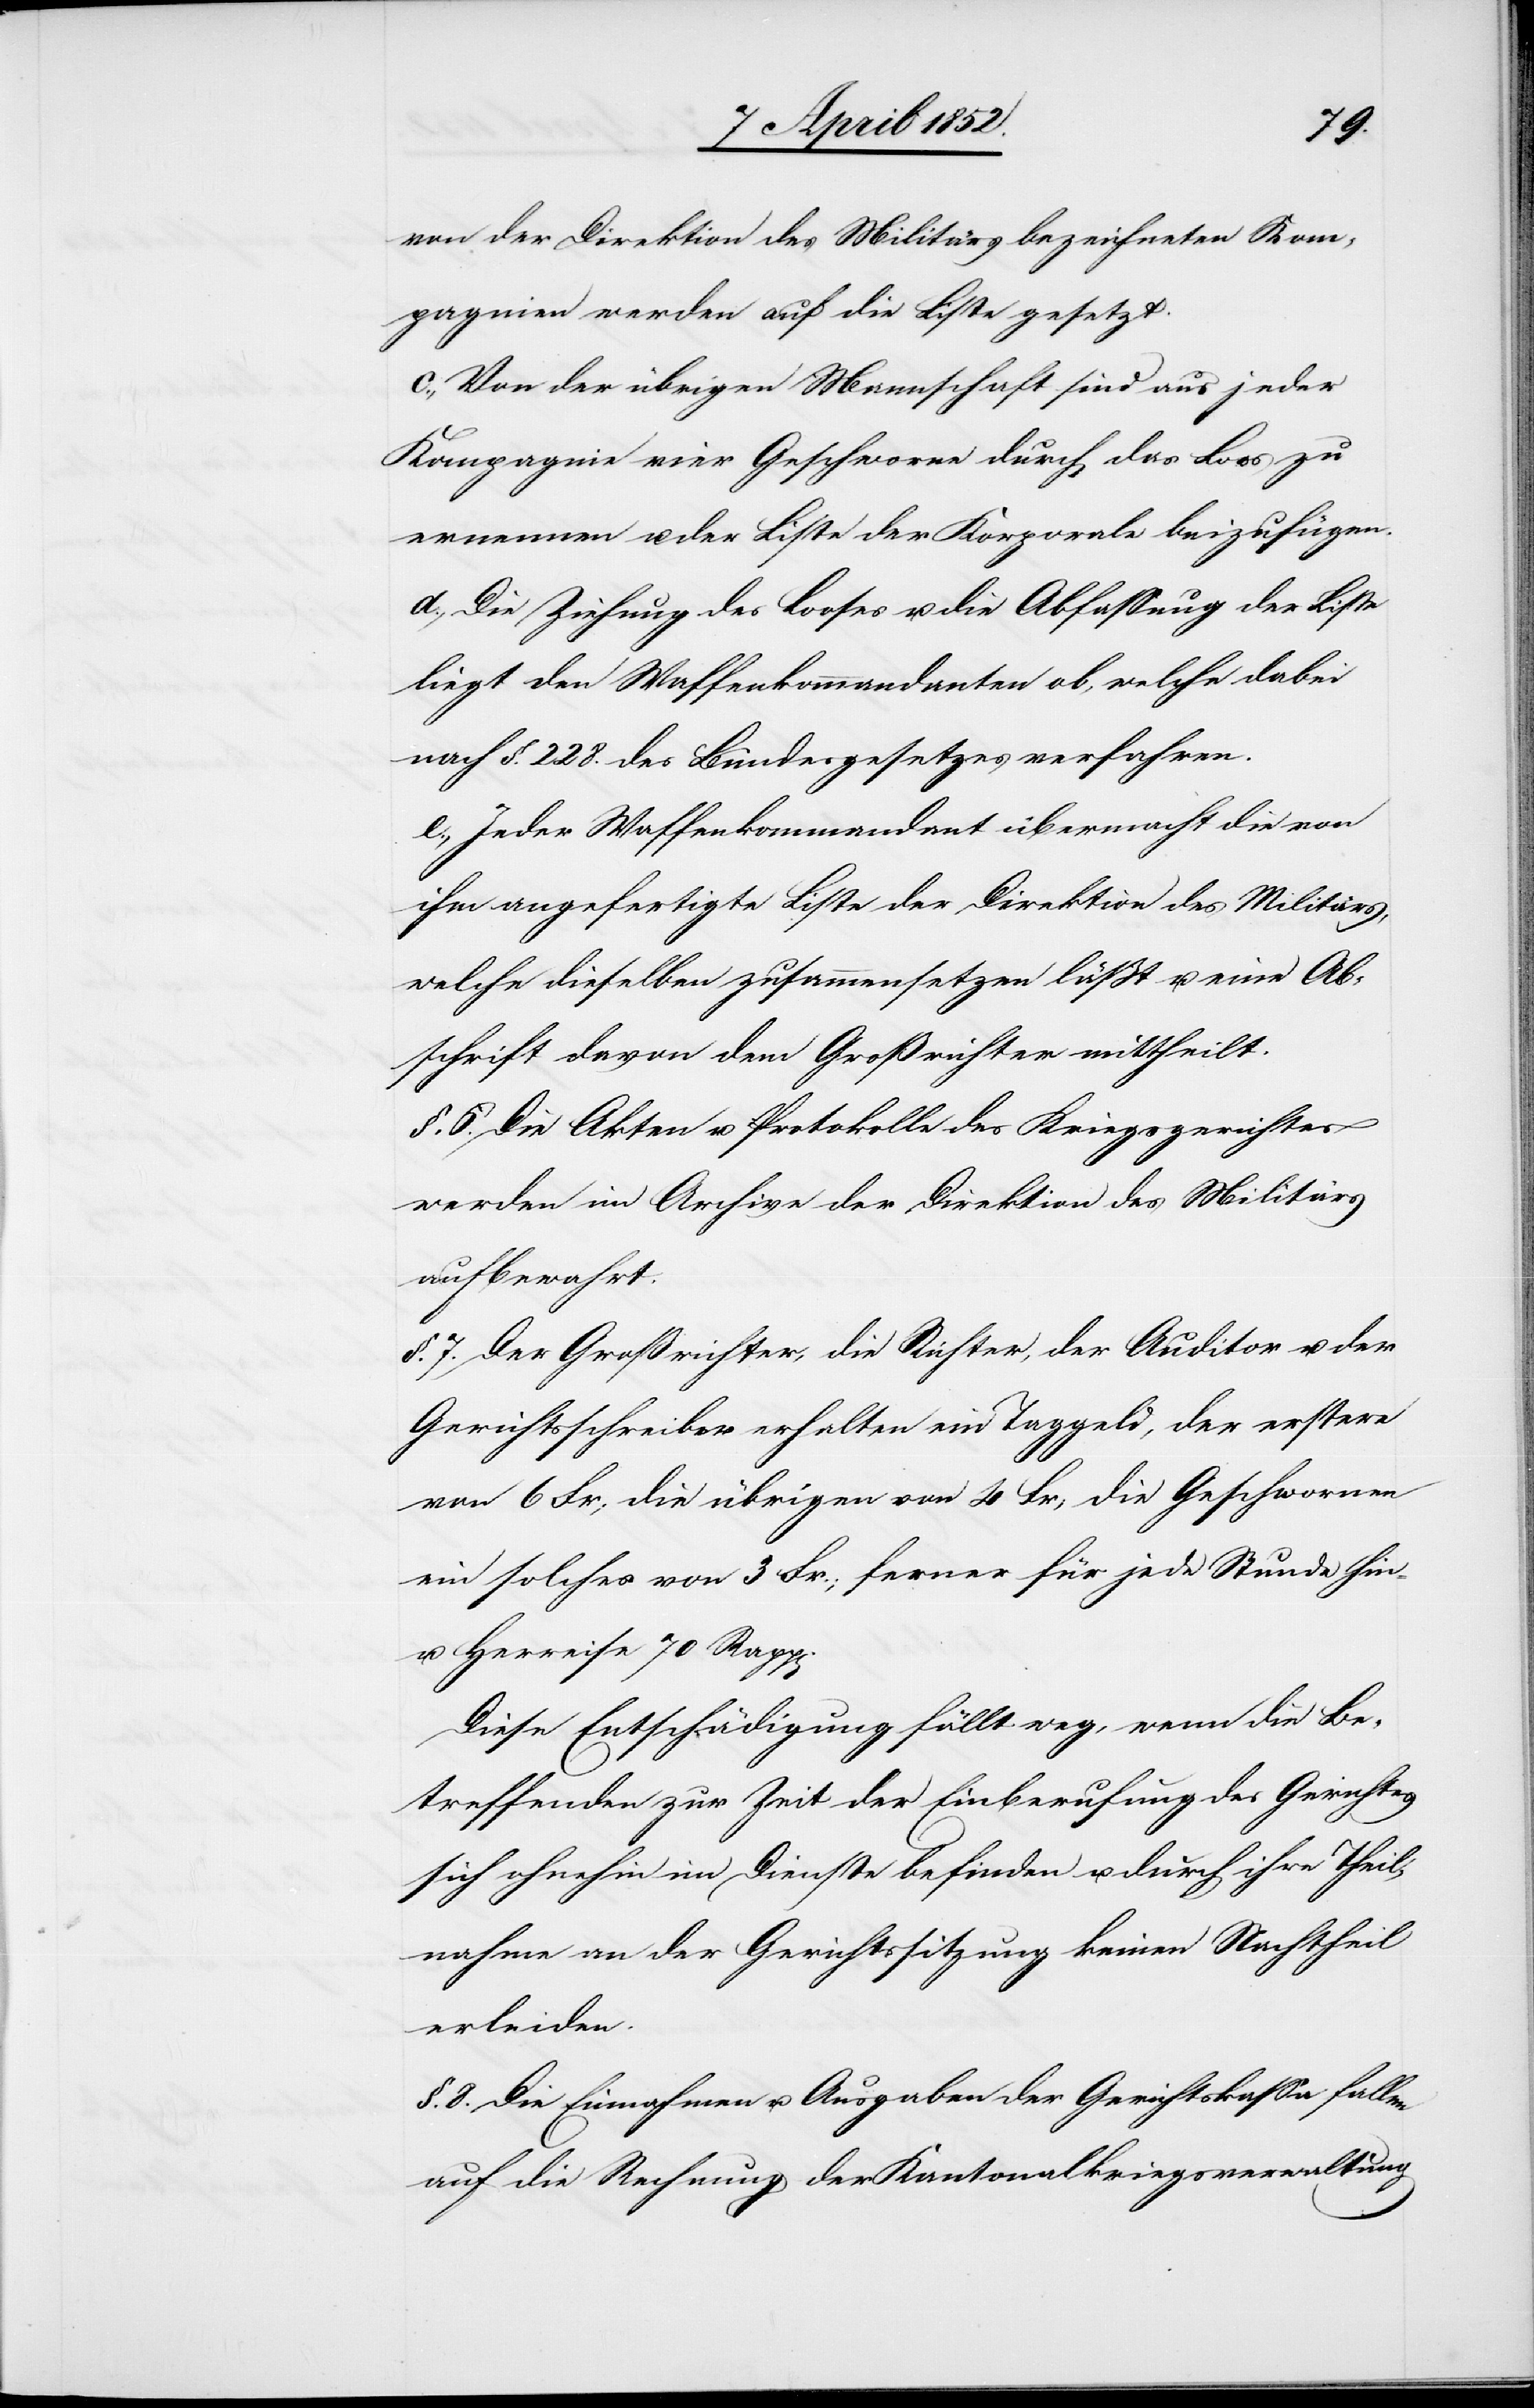
von der Direktion des Militärs bezeichneten Kom¬
pagnien werden auf die Liste gesetzt.
c., Von der übrigen Mannschaft sind aus jeder
Kompagnie vier Geschworne durch das Loos zu
ernennen u. der Liste der Korporale beizufügen.
d., Die Ziehung des Looses u. die Abfassung der Liste
liegt den Waffenkommandanten ob, welche dabei
nach §. 228. des Bundesgesetzes verfahren.
e., Jeder Waffenkommandant übermacht die von
ihm angefertigte Liste der Direktion des Militärs,
welche dieselben zusammensetzen lässt u. eine Ab¬
schrift davon dem Großrichter mittheilt.
§. 6. Die Akten u. Protokolle des Kriegsgerichtes
werden im Archive der Direktion des Militärs
aufbewahrt.
§. 7. Der Großrichter, die Richter, der Auditor u. der
Gerichtsschreiber erhalten ein Taggeld, der erstere
von 6 Fr; die übrigen von 4 Fr; die Geschwornen
ein solches von 3 Fr.; ferner für jede Stunde hin-
u. Herreise 70 Rapp[en].
Diese Entschädigung fällt weg, wenn die Be¬
treffenden zur Zeit der Einberufung des Gerichtes
sich ohnehin im Dienste befinden u. durch ihre Theil¬
nahme an der Gerichtssitzung keinen Nachtheil
erleiden.
§. 8. Die Einnahmen u. Ausgaben der Gerichtskassa fallen
auf die Rechnung der Kantonalkriegsverwaltung